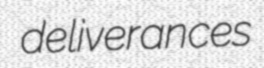
deliverances